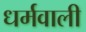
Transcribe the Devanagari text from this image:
धर्मवाली